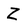
Character: Z